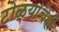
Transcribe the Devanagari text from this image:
टोळ्यांचेही